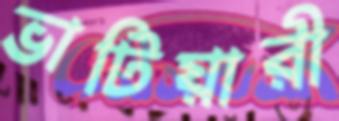
ভাটিয়ারী